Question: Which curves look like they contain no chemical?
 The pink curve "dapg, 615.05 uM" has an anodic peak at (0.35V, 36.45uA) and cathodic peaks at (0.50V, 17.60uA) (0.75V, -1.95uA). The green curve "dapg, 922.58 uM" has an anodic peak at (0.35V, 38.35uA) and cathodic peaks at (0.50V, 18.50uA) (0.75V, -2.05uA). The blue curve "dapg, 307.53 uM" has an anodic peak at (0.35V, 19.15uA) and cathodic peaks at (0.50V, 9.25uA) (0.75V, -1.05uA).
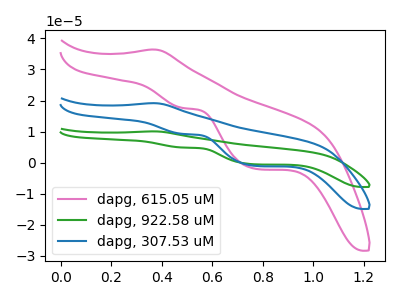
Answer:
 <answer>There are not any CV's on this graph that are likely to be blanks.</answer>
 <eval>none</eval>